Burma Government Medical School reports 1923-41
Year: 1923
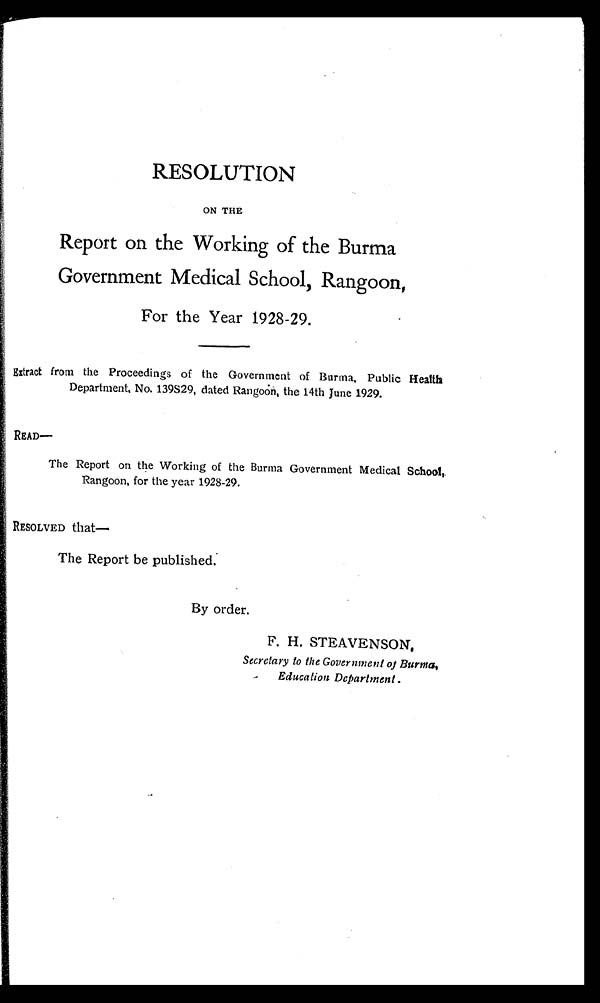
RESOLUTION
ON THE
Report on the Working of the Burma
Government Medical School, Rangoon,
For the Year 1928-29.
Extract from the Proceedings of the Government of Burma, Public Health
Department, No. 139S29, dated Rangoon, the 14th June 1929.
READ—
The Report on the Working of the Burma Government Medical School,
Rangoon, for the year 1928-29.
RESOLVED that—
The Report be published.
By order.
F. H. STEAVENSON,
Secretary to the Government of Burma,
Education Department.